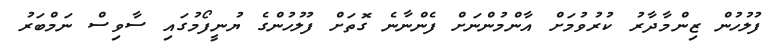
ފުލުހުން ޒިންމާދާރު ކުރުވުމަށް އާންމުންނަށް ފެންނާނެ ގޮތަށް ފުލުހުންގެ ޔުނީފޯމުގައި ސާވިސް ނަމްބަރު